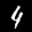
Label: 4